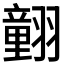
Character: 𦒍